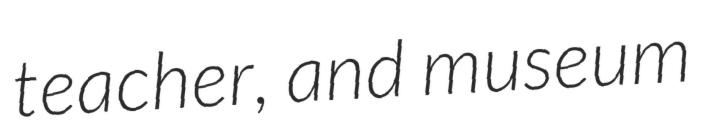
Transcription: teacher, and museum